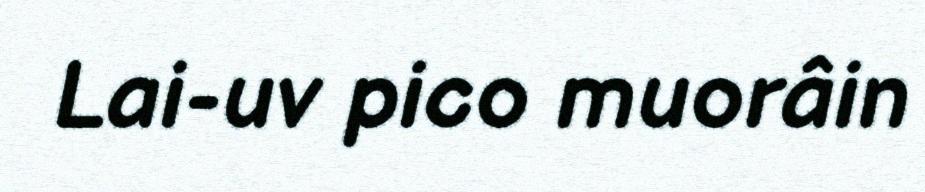
Lai-uv pico muorâin